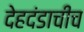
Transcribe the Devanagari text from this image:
देहदंडाचीच